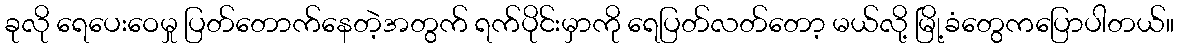
ခုလို ရေပေးဝေမှု ပြတ်တောက်နေတဲ့အတွက် ရက်ပိုင်းမှာကို ရေပြတ်လတ်တော့ မယ်လို့ မြို့ခံတွေကပြောပါတယ်။